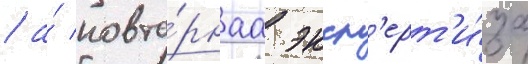
/ а́ повто́рнаа эксп'ерт'и́за